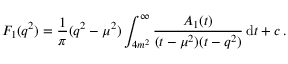
F _ { 1 } ( q ^ { 2 } ) = \frac { 1 } { \pi } ( q ^ { 2 } - \mu ^ { 2 } ) \int _ { 4 m ^ { 2 } } ^ { \infty } \frac { A _ { 1 } ( t ) } { ( t - \mu ^ { 2 } ) ( t - q ^ { 2 } ) } \, \mathrm { d } t + c \, .